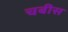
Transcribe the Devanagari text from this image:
चबीस